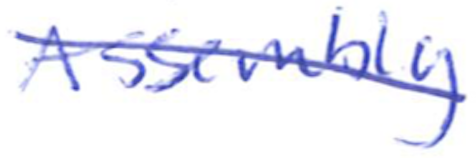
Text: Assembly
Cross-out: mix
Writing tool: ballpoint